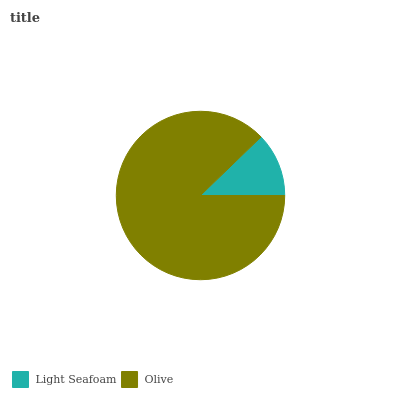
| Light Seafoam | Olive |
 | --- | --- |
 | 12.2% | 87.8% |